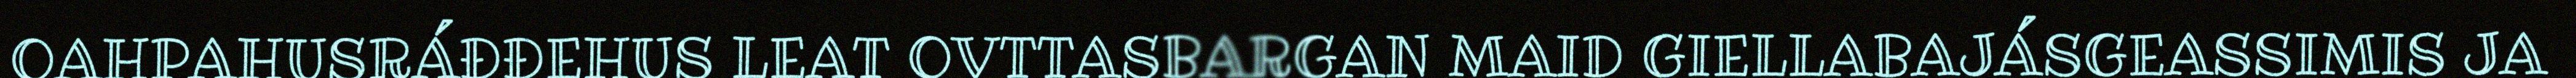
OAHPAHUSRÁĐĐEHUS LEAT OVTTASBARGAN MAID GIELLABAJÁSGEASSIMIS JA